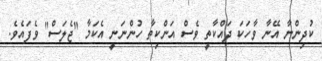
ކުދިންނާ އޭނާ ވާހަކަ ދައްކާތީ ވެސް އަންކިތާ ހުންނަނީ އެކަމާ "ޖެލަސް" ވެފައެވެ.